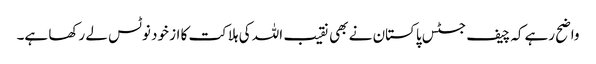
واضح رہےکہ چیف جسٹس پاکستان نے بھی نقیب اللہ کی ہلاکت کا از خود نوٹس لے رکھا ہے۔